Civil Veterinary Department Bihar & Orissa reports 1922-29 - 1922-1929
Year: 1922
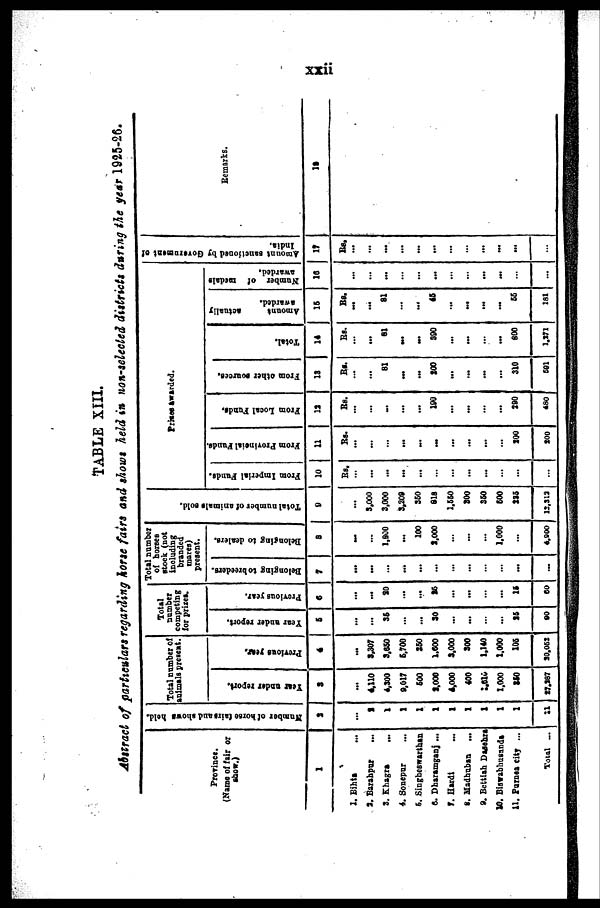
TABLE XIII.
Abstract of particulars regarding horse fairs and shows held in non-selected districts during the year 1925-26.
Province.
(Name of fair or
show.)
1
2. Bihts
3. Barahpur
3. Khagra
...
4. Sonepur
6. Singheawarthan
6. Dharamganj ...
7. Hardi
8. Madbuban ...
9. Bettiah Dasehra
10. Bisvabhusunda
11. Purnea city ...
Total ...
Number
of horse fairs and shows held.
2
...
3
1
1
1
1
1
1
1
1
1
a
Total numb
animals pre
Year
under report.
2
...
6,110
4,300
0,017
600
2,000
4,000
400
1616
1,000
250
27,287
Previous year.
4
...
2,307
3,650
6,700
250
1,800
3,000
300
1.140
1.000
106
30.052
Total
competing
for prices.
Year under report.
6
...
...
36
...
...
30
...
...
...
25
00
Previous year.
6
...
...
30
...
...
36
...
...
...
16
50
Total numbe
of horses
stock (not
including
branded
mares)
present.
Belonging to breeders.
7
...
...
...
...
...
...
...
...
...
...
...
Belonging to dealers.
8
—
...
1,800
...
100
3.000
...
...
...
1.000
...
4,800
Total number of animals sold.
9
...
3.000
3,000
3,208
360
018
1.660
800
350
600
225
12,313
Prises awarded.
From Imperial Fundi.
10
Rs.
...
...
...
...
...
...
...
...
From Provisional Funds*.
11
Rs.
...
...
...
...
...
...
...
...
...
300
200
From Local Funds.
12
Rs.
...
...
-.
...
...
190
...
...
...
...
300
480
From other sources.
13
Rs.
...
81
...
...
200
...
...
...
...
310
501
Total.
14
Rs.
...
01
...
...
390
...
...
...
...
800
1.171
Amount
actually
awarded.
16
Rs.
...
81
...
...
46
...
...
...
...
66
181
Number of medals
awarded.
16
...
...
...
...
...
...
...
...
...
...
...
Amount sanctioned by Government of
India.
17
Rs.
...
...
...
...
...
...
...
...
...
...
Remarks.
10